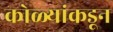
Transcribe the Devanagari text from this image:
कोळ्यांकडून